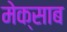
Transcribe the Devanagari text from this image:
मेक्साब